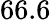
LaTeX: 66.6